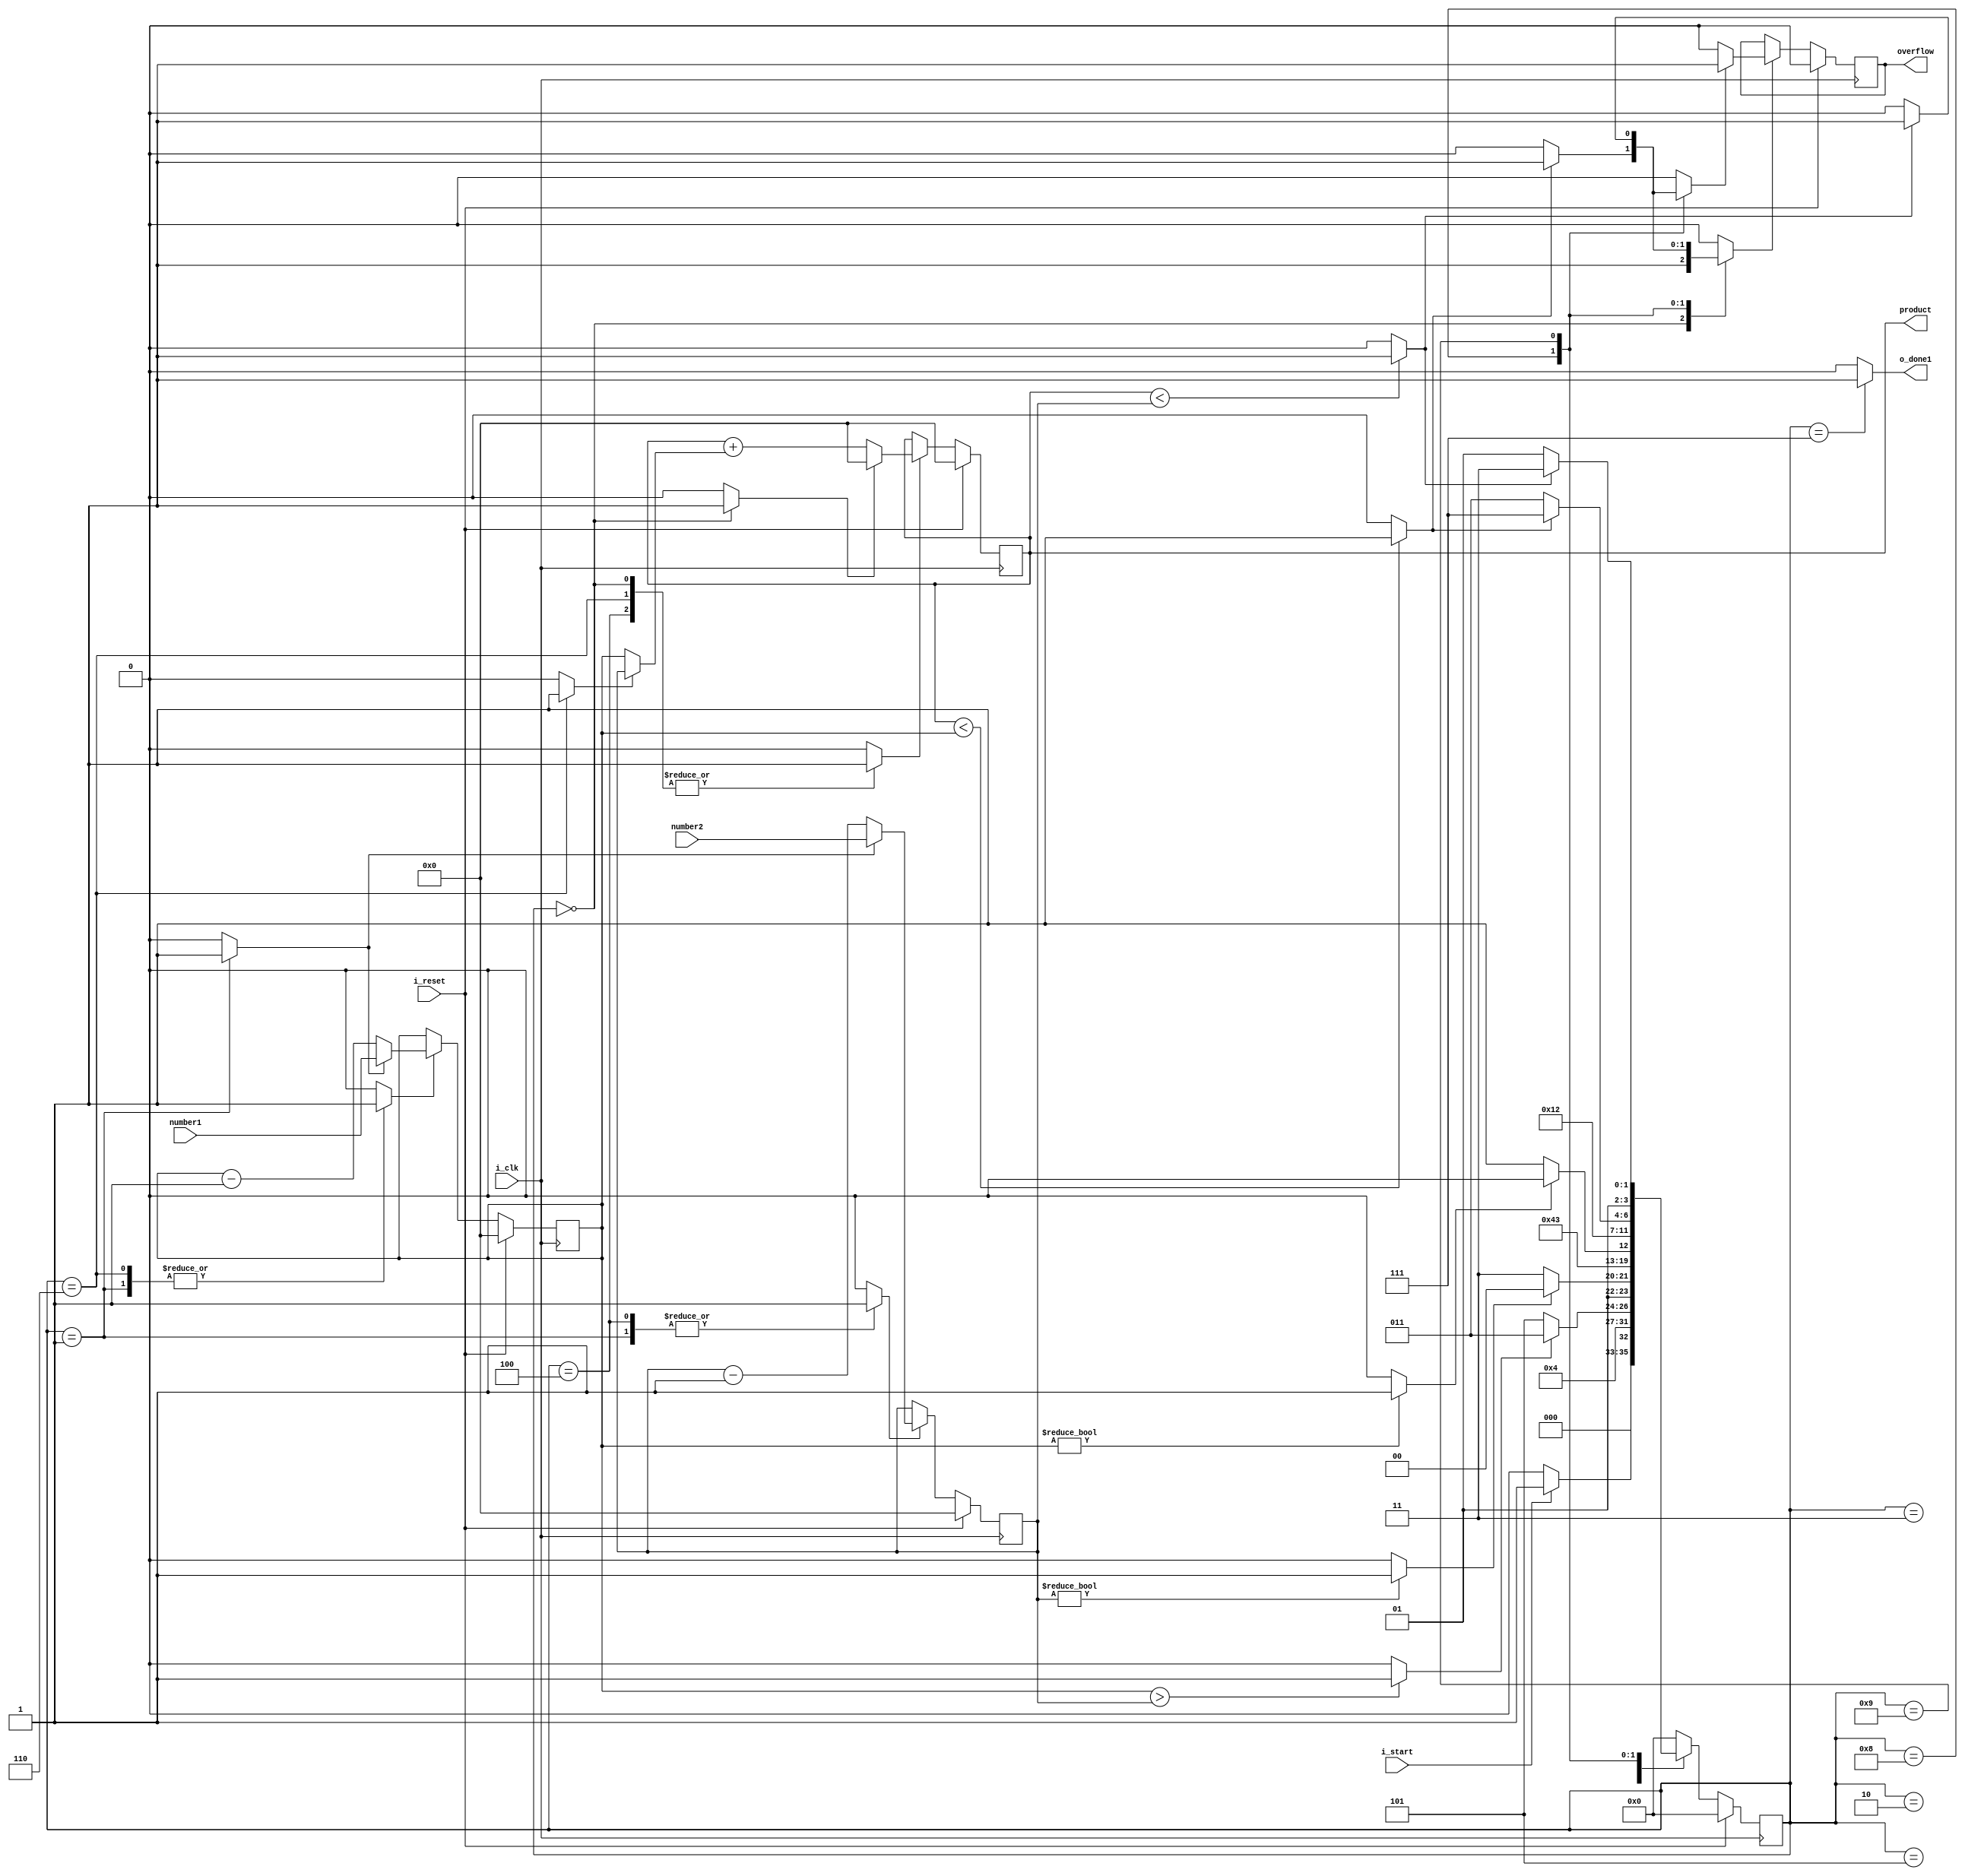
`timescale 1ns / 1ps
//////////////////////////////////////////////////////////////////////////////////
// Company: 
// Engineer: 
// 
// Design Name: 
// Module Name: multiplication
// Project Name: 
// Target Devices: 
// Tool Versions: 
// Description: 
// 
// Dependencies: 
// 
// Revision:
// Revision 0.01 - File Created
// Additional Comments:
// 
//////////////////////////////////////////////////////////////////////////////////

//It calculates the product of two numbers that is number1 and number2 provided and displays result in product when o_done1 is high and it is high for one cycle,overflow flag is asserted when product exceeds 32 bits
//i_reset is synchronous to the clk
//i_start is the signal to start FSM
//return to first state after computing product
//datapath and state graph is attached in the report

module multiplication (i_clk,i_reset,i_start,number1,number2,o_done1,overflow,product);
  
  input i_clk;
  input i_reset;
  input i_start;
  input [31:0]number1,number2;
  output reg o_done1;
  output reg overflow;
  output reg [31:0]product;
  
  reg  [31:0] num1,num2;
  wire [31:0] wire1,wire2,wire3,wire4,wire5,wire6,wire7,wire8,wire9,prod_in,overflowIn,wire10;
  reg  sel1,sel2,sel3,sel4,sel5,sel6,sel7,sel8,sel9;
  wire gt_flag,num1_nteq_z,num2_nteq_z,lt1,lt2;
   
  
  //Datapath
  
  //MUXES
  
  assign wire3 = sel1? number1:wire5;
  assign wire4 = sel2? number2:wire6;
  assign wire1 = sel3? wire3:num1;
  assign wire2 = sel4? wire4:num2;
  assign prod_in = sel5? wire9:product;
  assign wire7 =sel6?num2:num1;
  assign wire9 =sel7?32'd0:wire8;
  assign overflowIn =sel8?wire10:overflow;
  assign wire10 =sel9?1'b1:1'b0;

  //COMPARATORS 

  assign gt_flag     = (num1>num2)?    1:0;
  assign num1_nteq_z = (num1 != 0)?    1:0;
  assign num2_nteq_z = (num2 != 0)?    1:0;
  assign lt1         = (product<num1)? 1:0;
  assign lt2         = (product<num2)? 1:0;

  
  //ADDER
  
  assign wire8 = product+wire7;
  
  //SUBTRACTOR
  
  assign wire5 = num1-32'd1;
  assign wire6 = num2-32'd1;


  always@(posedge i_clk)begin    //Register for num1

    if(i_reset)
      num1<=32'h0000_0000;
    else
      num1<= wire1;
      
  end

  always@(posedge i_clk)begin    //Register for num2

    if(i_reset)
      num2<=32'h0000_0000;
    else
      num2<= wire2;
      
  end

  always@(posedge i_clk)begin  //Register for product

    if(i_reset)
      product<=32'h0000_0000;
    else
      product<= prod_in;
      
  end
  
   always@(posedge i_clk)begin  //Register for product

    if(i_reset)
      overflow<=1'b0;
    else
      overflow<= overflowIn;
      
  end

  //CONTROLLER

  reg [3:0] currentstate;
  reg [3:0] nextstate;

  always @(posedge i_clk)begin   //state register
      
      if(i_reset)begin
          currentstate <= 4'd0;
      end
      else begin
          currentstate <= nextstate;
      end
  end

  always@(*)begin
    
    case(currentstate) 
      
      4'b0000:begin  //0--------start
        
        sel1=0;
        sel2=0;
        sel3=0;
        sel4=0;
        sel5=1;
        sel6=0;
        sel7=1;
        sel8=1;
        sel9=0;
        o_done1=0;
        if(i_start)
          nextstate=4'b0001;
        else 
          nextstate=4'b0000;
      end
      
      4'b0001:begin   //1--------Load num1 and num2
      
        sel1=1;
        sel2=1;
        sel3=1;
        sel4=1;
        sel5=0;
        sel6=0;
        sel7=0;
        sel8=0;
        sel9=0;
        o_done1=0;
        nextstate=4'b0010;

      end
      
      
      4'b0010:begin //2------Compare num1 > num2

        sel1=0;
        sel2=0;
        sel3=0;
        sel4=0;
        sel5=0;
        sel6=0;
        sel7=0;
        sel8=0;
        sel9=0;
        o_done1=0;
        if(gt_flag)
          nextstate=4'b0011;
        else
          nextstate=4'b0101;

      end
       

      4'b0011:begin//3-----Check num2 != 0
 
        sel1=0;
        sel2=0;
        sel3=0;
        sel4=0;
        sel5=0;
        sel6=0;
        sel7=0;
        sel8=0;
        sel9=0;
        o_done1=0;
        if(num2_nteq_z)
          nextstate=4'b0100;
        else
          nextstate=4'b0111;

      end

      
      4'b0100:begin//4-----Product =product+num1; num2--
        sel1=0;
        sel2=0;
        sel3=0;
        sel4=1;
        sel5=1;
        sel6=0;
        sel7=0;
        sel8=0;
        sel9=0;
        o_done1=0;
        nextstate<=4'b1000;

      end 
      
      4'b0101:begin  //5 Check num1 != 0
        sel1=0;
        sel2=0;
        sel3=0;
        sel4=0;
        sel5=0;
        sel6=0;
        sel7=0;
        sel8=0;
        sel9=0;
        o_done1=0;
        if(num1_nteq_z)
          nextstate=4'b0110;
        else
          nextstate=4'b0111;

      end
       4'b0110:begin  //6 Product =product+num2; num1--
        sel1=0;
        sel2=0;
        sel3=1;
        sel4=0;
        sel5=1;
        sel6=1;
        sel7=0;
        sel8=0;
        sel9=0;
        o_done1=0;
        nextstate=4'b1001;
       
        end
      
      4'b0111:begin  //7---done
        sel1=0;
        sel2=0;
        sel3=0;
        sel4=0;
        sel5=0;
        sel6=0;
        sel7=0;
        sel8=0;
        sel9=0;
        o_done1=1;
        nextstate=4'b0000;


      end
      
      4'b1000:begin  //8---check overflow num1
        sel1=0;
        sel2=0;
        sel3=0;
        sel4=0;
        sel5=0;
        sel6=0;
        sel7=0;
        o_done1=0;
        if(lt1)begin
           sel8=1;
           sel9=1;
           nextstate=4'b0111;
      end
      else begin
          nextstate=4'b0011;
          sel8=0;
          sel9=0;
      end
      end
      
      4'b1001:begin  //9---check overflow num2
        sel1=0;
        sel2=0;
        sel3=0;
        sel4=0;
        sel5=0;
        sel6=0;
        sel7=0;
        o_done1=0;
        if(lt2)begin
            sel8=1;
            sel9=1;
            nextstate=4'b0111;
        end
        else begin
          nextstate=4'b0101;
          sel8=0;
          sel9=0;
      end
      end
      
      default:begin
       
       sel1=0;
       sel2=0;
       sel3=0;
       sel4=0;
       sel5=0;
       sel6=0;
       sel7=0;
       sel8=0;
       sel9=0;
       o_done1=0;
       nextstate=4'b0000;
      end
             
    endcase
  end
endmodule